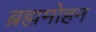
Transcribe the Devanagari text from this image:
ब्रह्ममोहन